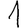
Digit: 1